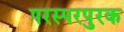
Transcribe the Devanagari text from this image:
परस्परपुरक